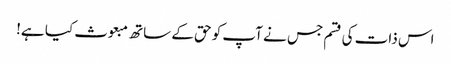
اس ذات کی قسم جس نے آپ کو حق کے ساتھ مبعوث کیا ہے!